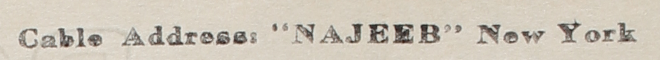
Cable Address: "NAJEEB" New York